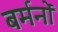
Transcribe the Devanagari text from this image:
बर्मनों